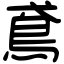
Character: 鳶